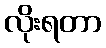
လိုးရတာ